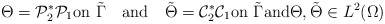
\begin{align*}\Theta={\mathcal P_2^*}\mathcal P_1\mbox{on}\,\,\tilde \Gamma \quad\mbox{and} \quad\tilde \Theta={\mathcal C_2^*}\mathcal C_1\mbox{on}\,\,\tilde \Gamma\mbox{and} \Theta,\tilde \Theta\in L^2(\Omega)\end{align*}